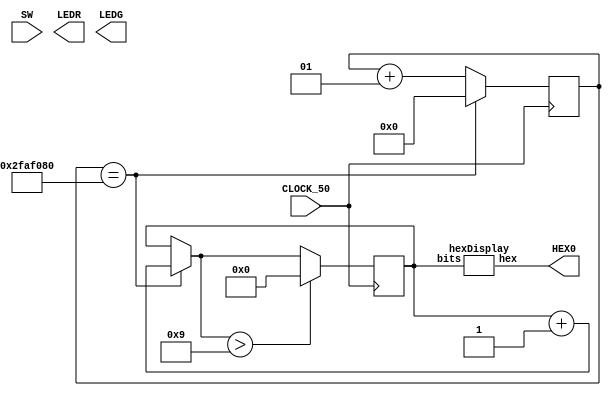
module Lab4_Part4(SW,LEDR,LEDG,HEX0,CLOCK_50);
	input [17:0] SW;
	input CLOCK_50;
	output [17:0] LEDR;
	output [7:0] LEDG;
	output [6:0] HEX0;
	
	integer cntr;
	reg [3:0] number;
	
	always @ (posedge CLOCK_50) begin
		cntr <= cntr + 1;
		
		if(cntr == 50000000) begin
			number = number + 1'b1;
			cntr <= 0;
		end
		
		if(number > 9) begin
			number = 0;
		end
	end
	
	hexDisplay h0 (number,HEX0);
	
endmodule

module hexDisplay(input [3:0] bits, output reg [6:0] hex);
	always @ (*) begin
		case(bits)
			4'b0000: hex = 7'b1000000; //0
			4'b0001: hex = 7'b1111001; //1
			4'b0010: hex = 7'b0100100; //2
			4'b0011: hex = 7'b0110000; //3
			4'b0100: hex = 7'b0011001; //4
			4'b0101: hex = 7'b0010010; //5
			4'b0110: hex = 7'b0000010; //6
			4'b0111: hex = 7'b1111000; //7
			4'b1000: hex = 7'b0000000; //8
			4'b1001: hex = 7'b0011000; //9
			4'b1010: hex = 7'b0001000; //A
			4'b1011: hex = 7'b0000011; //B
			4'b1100: hex = 7'b1000110; //C
			4'b1101: hex = 7'b0100001; //D
			4'b1110: hex = 7'b0000110; //E
			4'b1111: hex = 7'b0001110; //F
			default: hex = 7'b1111111;
		endcase
	end
endmodule